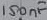
Text: 150nF